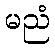
မညံ